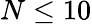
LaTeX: N\leq 10